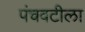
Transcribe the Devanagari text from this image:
पंचवटीला